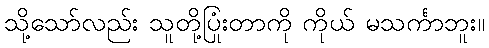
သို့သော်လည်း သူတို့ပြုံးတာကို ကိုယ် မသင်္ကာဘူး။